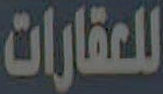
للعقارات